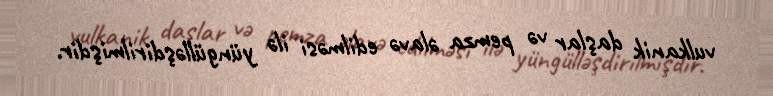
vulkanik daşlar və pemza əlavə edilməsi ilə yüngülləşdirilmişdir.